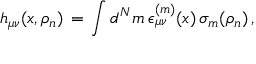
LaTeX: h _ { \mu \nu } ( x , \rho _ { n } ) \, = \, \int d ^ { N } m \, \epsilon _ { \mu \nu } ^ { ( m ) } ( x ) \, \sigma _ { m } ( \rho _ { n } ) \, ,